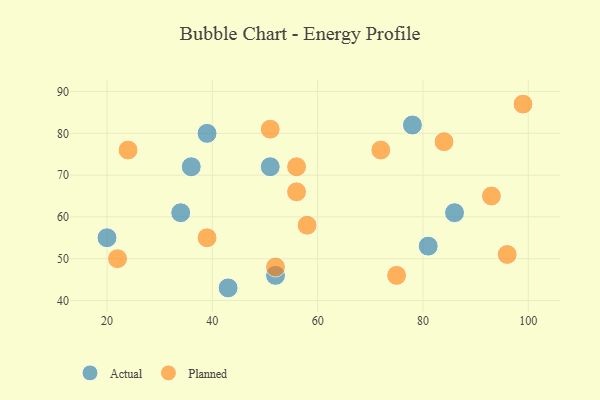
{"axis": {"x": "GDP", "y": "Life Expectancy"}, "legend": ["Actual", "Planned"], "data": [{"x": "39", "y": 80, "type": "Actual"}, {"x": "43", "y": 43, "type": "Actual"}, {"x": "86", "y": 61, "type": "Actual"}, {"x": "51", "y": 72, "type": "Actual"}, {"x": "36", "y": 72, "type": "Actual"}, {"x": "52", "y": 46, "type": "Actual"}, {"x": "20", "y": 55, "type": "Actual"}, {"x": "78", "y": 82, "type": "Actual"}, {"x": "81", "y": 53, "type": "Actual"}, {"x": "34", "y": 61, "type": "Actual"}, {"x": "56", "y": 66, "type": "Planned"}, {"x": "96", "y": 51, "type": "Planned"}, {"x": "75", "y": 46, "type": "Planned"}, {"x": "52", "y": 48, "type": "Planned"}, {"x": "39", "y": 55, "type": "Planned"}, {"x": "72", "y": 76, "type": "Planned"}, {"x": "22", "y": 50, "type": "Planned"}, {"x": "84", "y": 78, "type": "Planned"}, {"x": "99", "y": 87, "type": "Planned"}, {"x": "58", "y": 58, "type": "Planned"}, {"x": "93", "y": 65, "type": "Planned"}, {"x": "56", "y": 72, "type": "Planned"}, {"x": "51", "y": 81, "type": "Planned"}, {"x": "24", "y": 76, "type": "Planned"}]}